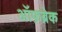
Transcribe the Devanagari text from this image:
ऑफ़ब्रेक